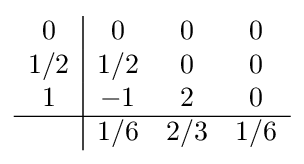
{\begin{array}{c|ccc}0&0&0&0\\1/2&1/2&0&0\\1&-1&2&0\\\hline &1/6&2/3&1/6\\\end{array}}